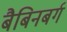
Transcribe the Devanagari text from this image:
बैबिनबर्ग